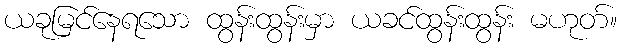
ယခုမြင်နေရသော ထွန်းထွန်းမှာ ယခင်ထွန်းထွန်း မဟုတ်။